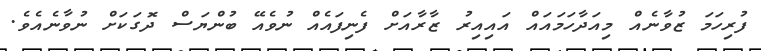
ފުރިހަމަ ޒުވާނެއް މިއަދާހަމައައް އައިއިރު ޒާރާއަށް ފެނިފައެއް ނުވެއޭ ބުންޔަސް ދޮގަކަށް ނުވާނެއެވެ.